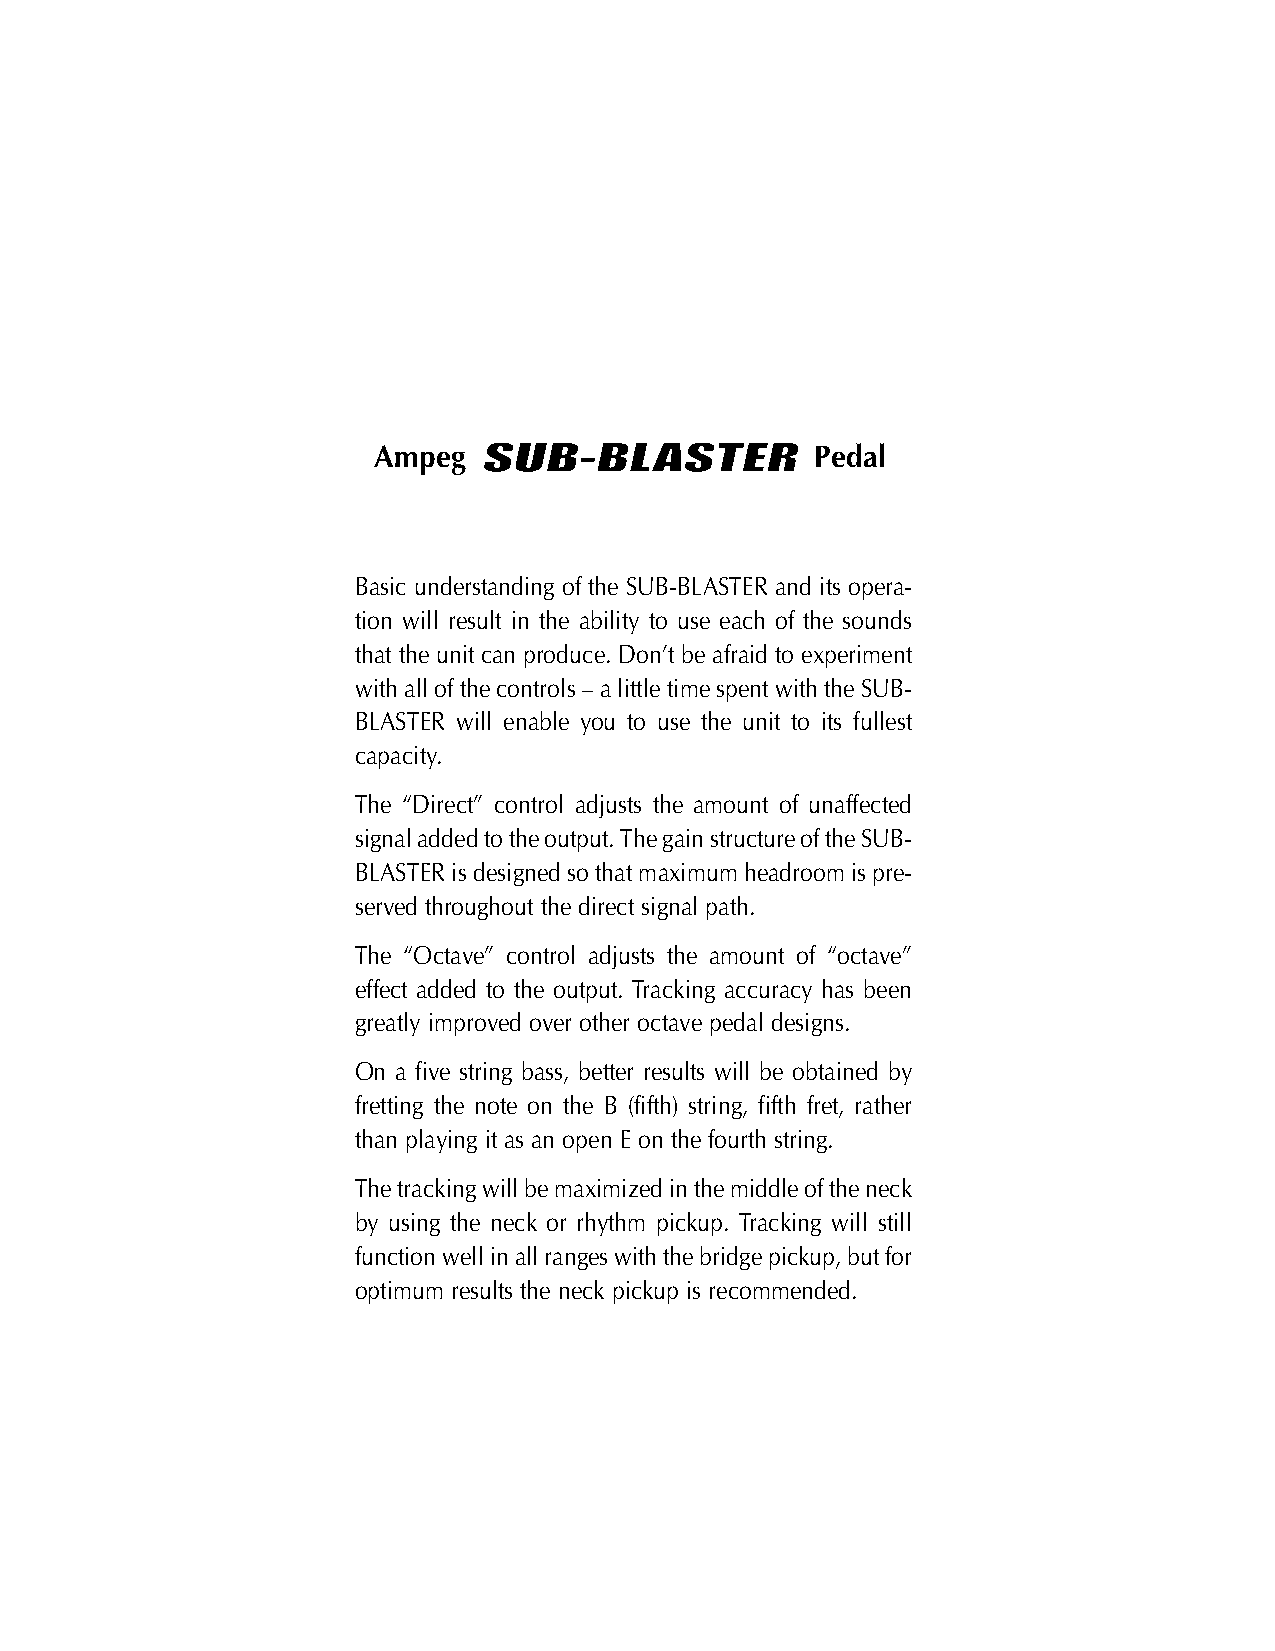
SSUUBB--BBLLAASSTTEERR
 Ampeg                        Pedal
 Basic understanding of the SUB-BLASTER and its opera-
 tion will result in the ability to use each of the sounds
 that the unit can produce. Don’t be afraid to experiment
 with all of the controls – a little time spent with the SUB-
 BLASTER will enable you to use the unit to its fullest
 capacity.
 The “Direct” control adjusts the amount of unaffected
 signal added to the output. The gain structure of the SUB-
 BLASTER is designed so that maximum headroom is pre-
 served throughout the direct signal path.
 The “Octave” control adjusts the amount of “octave”
 effect added to the output. Tracking accuracy has been
 greatly improved over other octave pedal designs.
 On a five string bass, better results will be obtained by
 fretting the note on the B (fifth) string, fifth fret, rather
 than playing it as an open E on the fourth string.
 The tracking will be maximized in the middle of the neck
 by using the neck or rhythm pickup. Tracking will still
 function well in all ranges with the bridge pickup, but for
 optimum results the neck pickup is recommended.